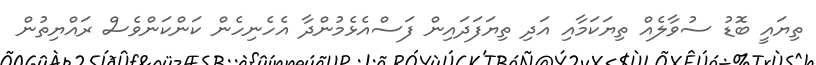
ތިޔައީ ބޮޑު ސުވާލެއް ތިޔަކަމާއި އަދި ތިޔަފަދައިން ފަސްއެޅެމުންދާ އެހެނިހެން ކަންކަންވެސް ރައްޔިތުން